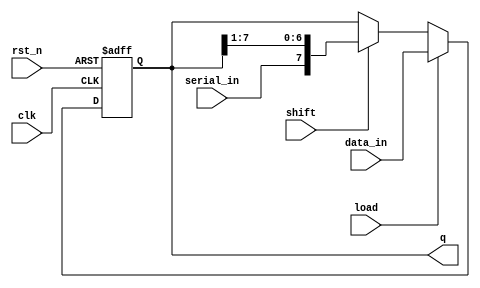
module ParameterizedShiftRegister #(
    parameter WIDTH = 8,          // Parameterized width of the shift register
    parameter SHIFT_DIR = 0       // 0 for right shift, 1 for left shift
)(
    input wire clk,               // Clock signal
    input wire rst_n,             // Active-low asynchronous reset
    input wire [WIDTH-1:0] data_in, // Parallel input data (for parallel load)
    input wire serial_in,         // Serial input data (for serial load)
    input wire load,              // Load signal (for parallel load)
    input wire shift,             // Shift signal (for shifting operation)
    output reg [WIDTH-1:0] q      // Current state of the shift register
);

    // Asynchronous reset
    always @(posedge clk or negedge rst_n) begin
        if (!rst_n) begin
            q <= {WIDTH{1'b0}};      // Reset to 0
        end else begin
            if (load) begin
                // Parallel load
                q <= data_in;
            end else if (shift) begin
                if (SHIFT_DIR == 0) begin
                    // Right shift
                    q <= {serial_in, q[WIDTH-1:1]};
                end else begin
                    // Left shift
                    q <= {q[WIDTH-2:0], 1'b0}; // Shift left and fill with 0
                end
            end
        end
    end

endmodule